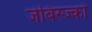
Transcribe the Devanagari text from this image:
जेबिस्ज्को